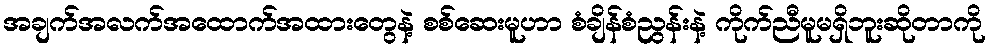
အချက်အလက်အထောက်အထားတွေနဲ့ စစ်ဆေးမူဟာ စံချိန်စံညွန်းနဲ့ ကိုက်ညီမူမရှိဘူးဆိုတာကို